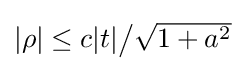
\textstyle |\rho |\leq c|t|{\big /}{\sqrt {1+a^{2}}}